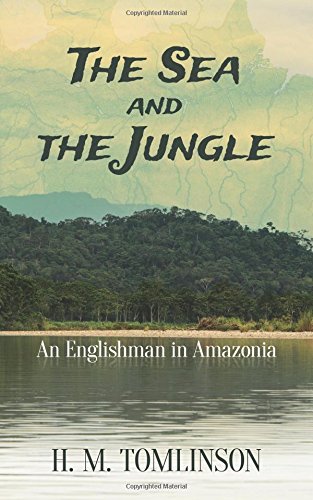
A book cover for The Sea and the Jungle: An Englishman in Amazonia; H. M. Tomlinson; Travel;